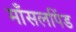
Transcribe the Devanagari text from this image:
माँसलपिंड